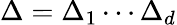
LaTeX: \Delta=\Delta_{1}\cdots\Delta_{d}